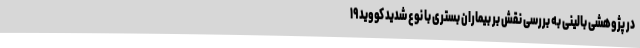
در پژوهشی بالینی به بررسی نقش بر بیماران بستری با نوع شدید کووید ۱۹